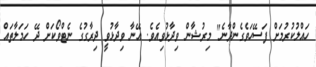
ހައްލުކުރުމަށް ފަސޭހަވެގެންދާނެ" މިރުޝާން ވިދާޅުވިއެވެ. އޭނާ ވިދާޅުވީ ދިރާގުގެ ނެޓްވޯކަށް ދޭ ހަމަލާތައް